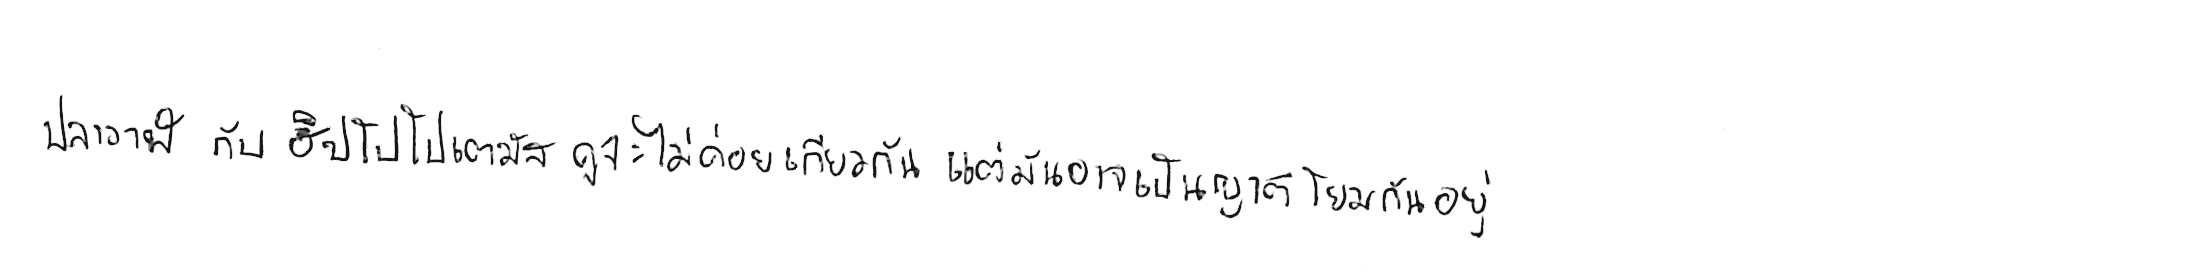
ปลาวาฬ กับ ฮิปโปโปเตมัส ดูจะไม่ค่อยเกี่ยวกัน แต่มันอาจเป็นญาติโยมกันอยู่